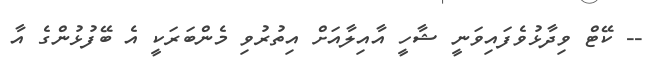
-- ކޭޓް ވިދާޅުވެފައިވަނީ ޝާހީ އާއިލާއަށް އިތުރުވި މެންބަރަކީ އެ ބޭފުޅުންގެ އާ